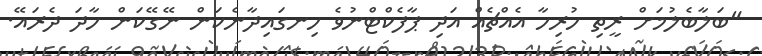
"ބަލާބެލުމަށް ރީތި ހުރިހާ އެއްޗެއް އަދި ޕާފެކްޓްނުވެ ހިނގައިދާނެކަން ނޭގޭކަން ހާދަ ދެރައޭ.